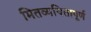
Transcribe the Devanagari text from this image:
मितव्ययितापूर्ण